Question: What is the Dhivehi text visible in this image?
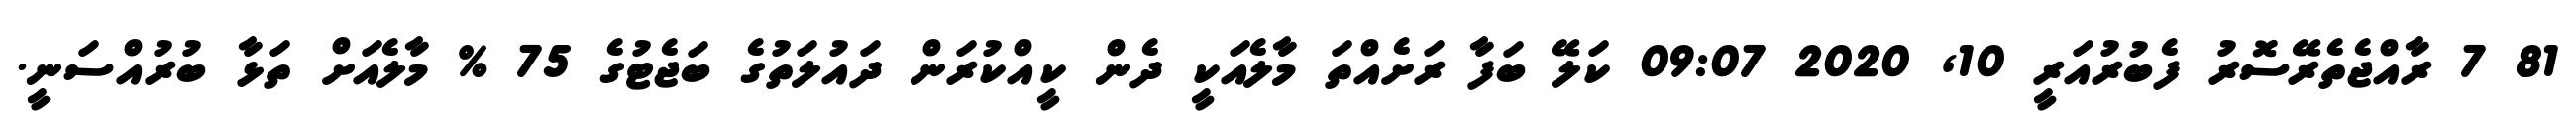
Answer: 81 7 ރާއްޖެތެރޭސޮރު ފެބުރުއަރީ 10, 2020 09:07 ކަލޭ ބަފާ ރަށެއްތަ މާލެއަކީ ދެން ކީއްކުރަން ދައުލަތުގެ ބަޖެޓުގެ 75 % މާލެއަށް ތަޅާ ބުރުއްސަނީ.